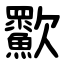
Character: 㱎